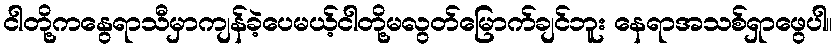
ငါတို့ကနွေရာသီမှာကျန်ခဲ့ပေမယ့်ငါတို့မလွတ်မြောက်ချင်ဘူး နေရာအသစ်ရှာဖွေပါ။